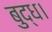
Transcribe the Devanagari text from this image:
बुद्ध।